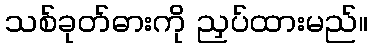
သစ်ခုတ်ဓားကို ညှပ်ထားမည်။